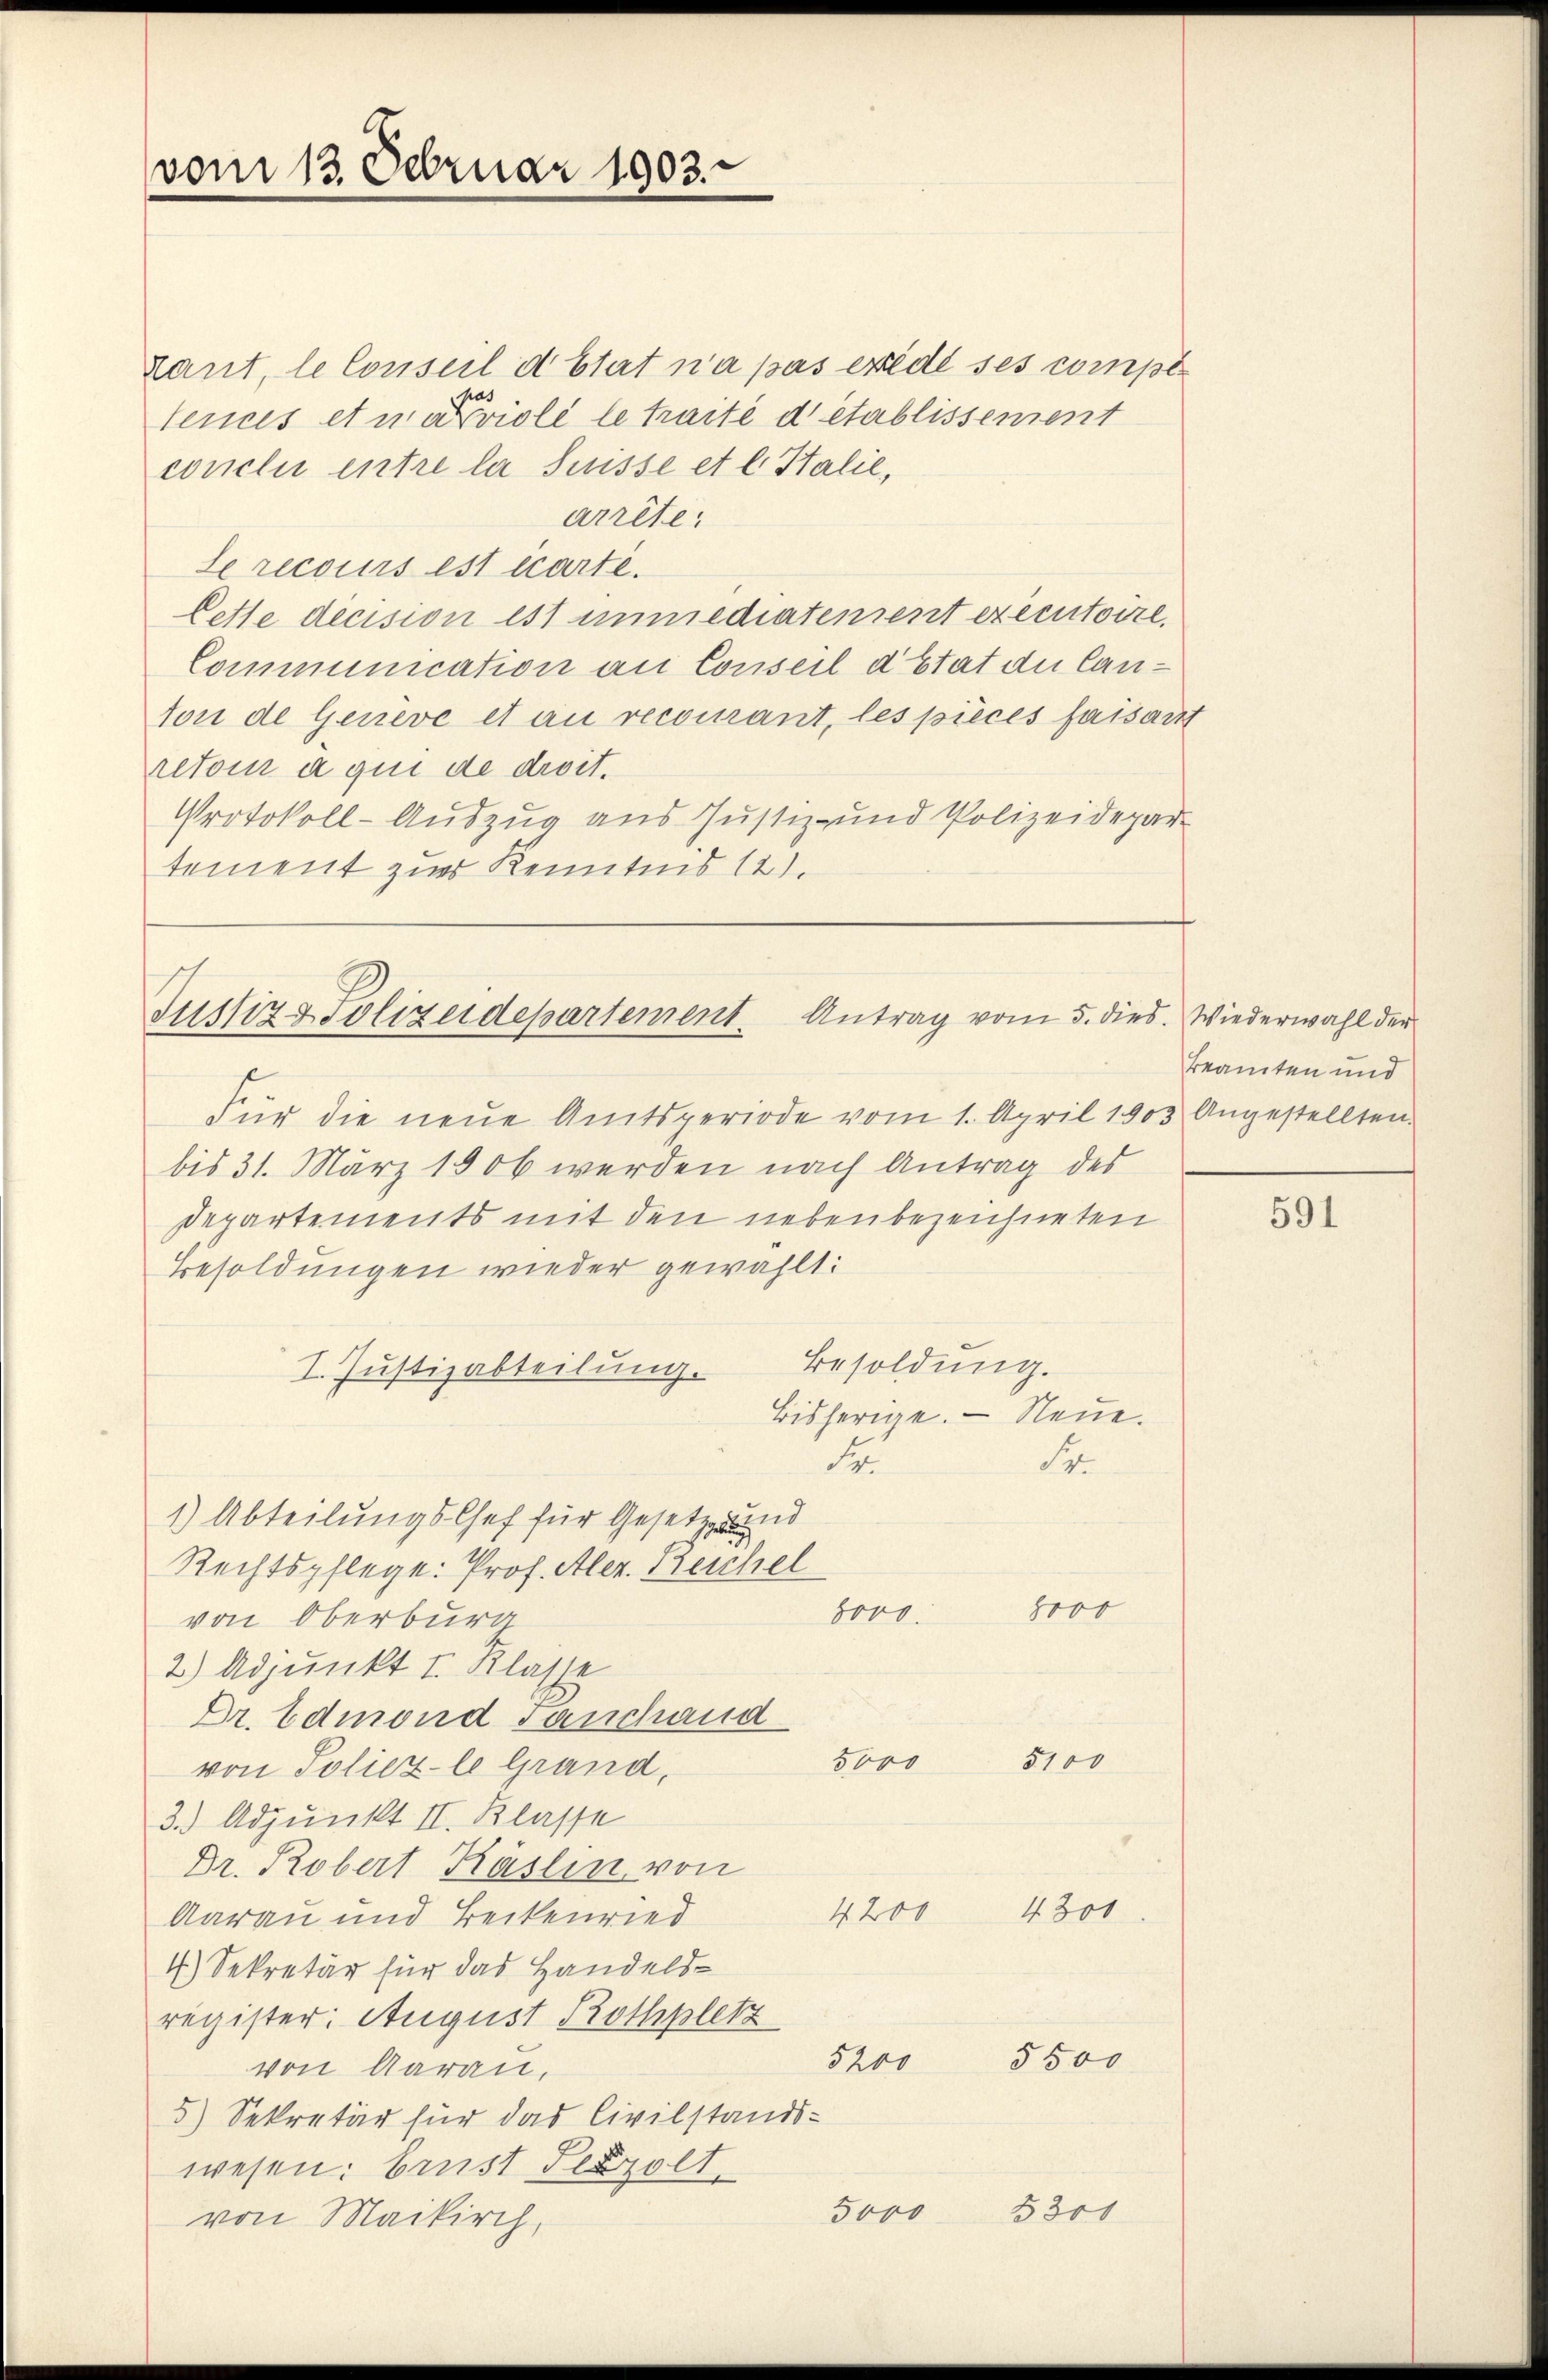
vom 13. Februar 1903.

kant, le Conseil détat n’a pas erede ses compt
has
tences et närrioli le traité détablissement
conclui entre la Suisse et l. Halie,
arrête.
Le recours est écarte.
Cette decision est immediatement exécutoire.
Communication an Conseil d’Etat du Canton de Geneve et au recourant, les pieces faisant
retoin à qui de droit.
Protokoll-Auszug aus Justiz- und Polizeidepar-
tement zur Kenntnis 121.

Für die neŭe Amtsperiode vom 1. April 1903 Angestellten
bis 31. März 1906 werden nach Antrag des
Departements mit den nebenbezeichneten
Besoldungen wieder gewählt:
Besoldung.
I. Justizabteilung.
Bisherige. — Neue.
Fr
Sy
1) Abteilungs-Chef für Gesetz und
Rechtspflege: Prof. Aler. Reichel
5000.
von Oberburg
2) Adjunkt I. Klasse
Dr. Edmond Tanchand
5700
5000
von Poliez-le Grand,
3.) Adjunkt II. Klasse
Dr. Robert Käslin von
4300
4200
Aarau und Beckenried
4.) Sekretär für das Handelsregister: August Rothpletz
5200 5500
von Aarau,
5) Sekretär für das Civilstands-
wesen: brust Setzolt.
5000 8300
von Maikirch,

Herr

Justiz & Polizeidepartement Antrag vom 5. dies. Wiederwahl der

Beamten und

591